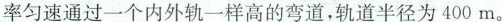
率匀速通过一个内外轨一样高的弯道，轨道半径为400m。